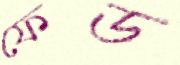
ফেড